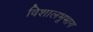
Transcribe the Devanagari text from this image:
विशालभूभाग